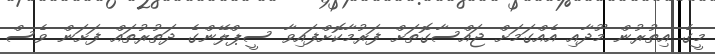
މީގެ އިތުރުން މޫދާއި އެއްގަމަށް ޖައްސާގޮތަށް ފަރުމާކޮށްފައިވާ ސީޕްލޭންގެ ދަތުރުތައް ފަށަން ވެސް